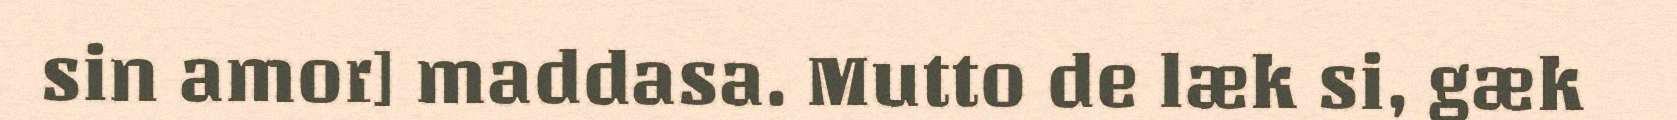
sin amor] maddasa. Mutto de læk si, gæk